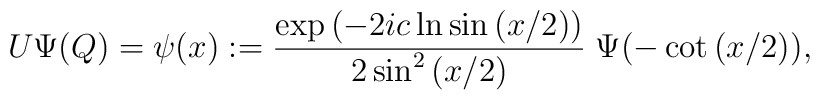
U\Psi (Q)=\psi (x):=\frac{\exp{(-2ic\ln \sin{(x/2)})}}{2\sin^2{(x/2)}}\;\Psi(-\cot{(x/2)}),